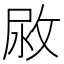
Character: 𢽷